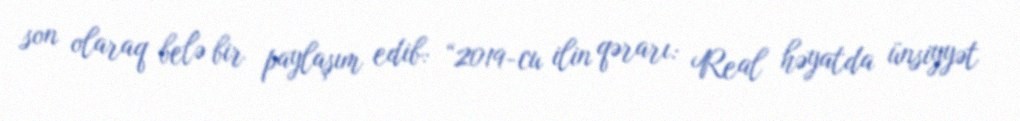
son olaraq belə bir paylaşım edib: “2019-cu ilin qərarı: Real həyatda ünsiyyət